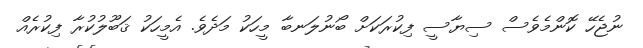
ނުޖެހޭ ކޮންމެވެސް ސިޔާސީ ފިކުރަކަށް ބޯނުލަނބާ މީހަކު މަދެވެ. އެމީހަކު ޤަބޫލުކުރާ ފިކުރެއް